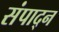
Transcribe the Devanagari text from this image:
संपाद्न